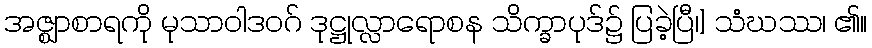
အဇ္ဈာစာရကို မုသာဝါဒဝဂ် ဒုဋ္ဌုလ္လာရောစန သိက္ခာပုဒ်၌ ပြခဲ့ပြီ၊] သံဃဿ၊ ၏။